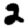
Digit: 2